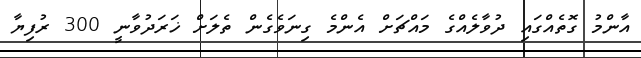
އާންމު ގޮތެއްގައި ދުވާލެއްގެ މައްޗަށް އެންމެ ގިނަވެގެން ތެލަށް ޚަރަދުވާނީ 300 ރުފިޔާ